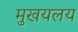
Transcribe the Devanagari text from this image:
मुखयलय